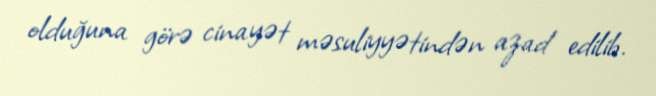
olduğuna görə cinayət məsuliyyətindən azad edilib.